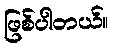
ဖြစ်ပါတယ်။